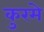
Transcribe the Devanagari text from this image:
कुरमे